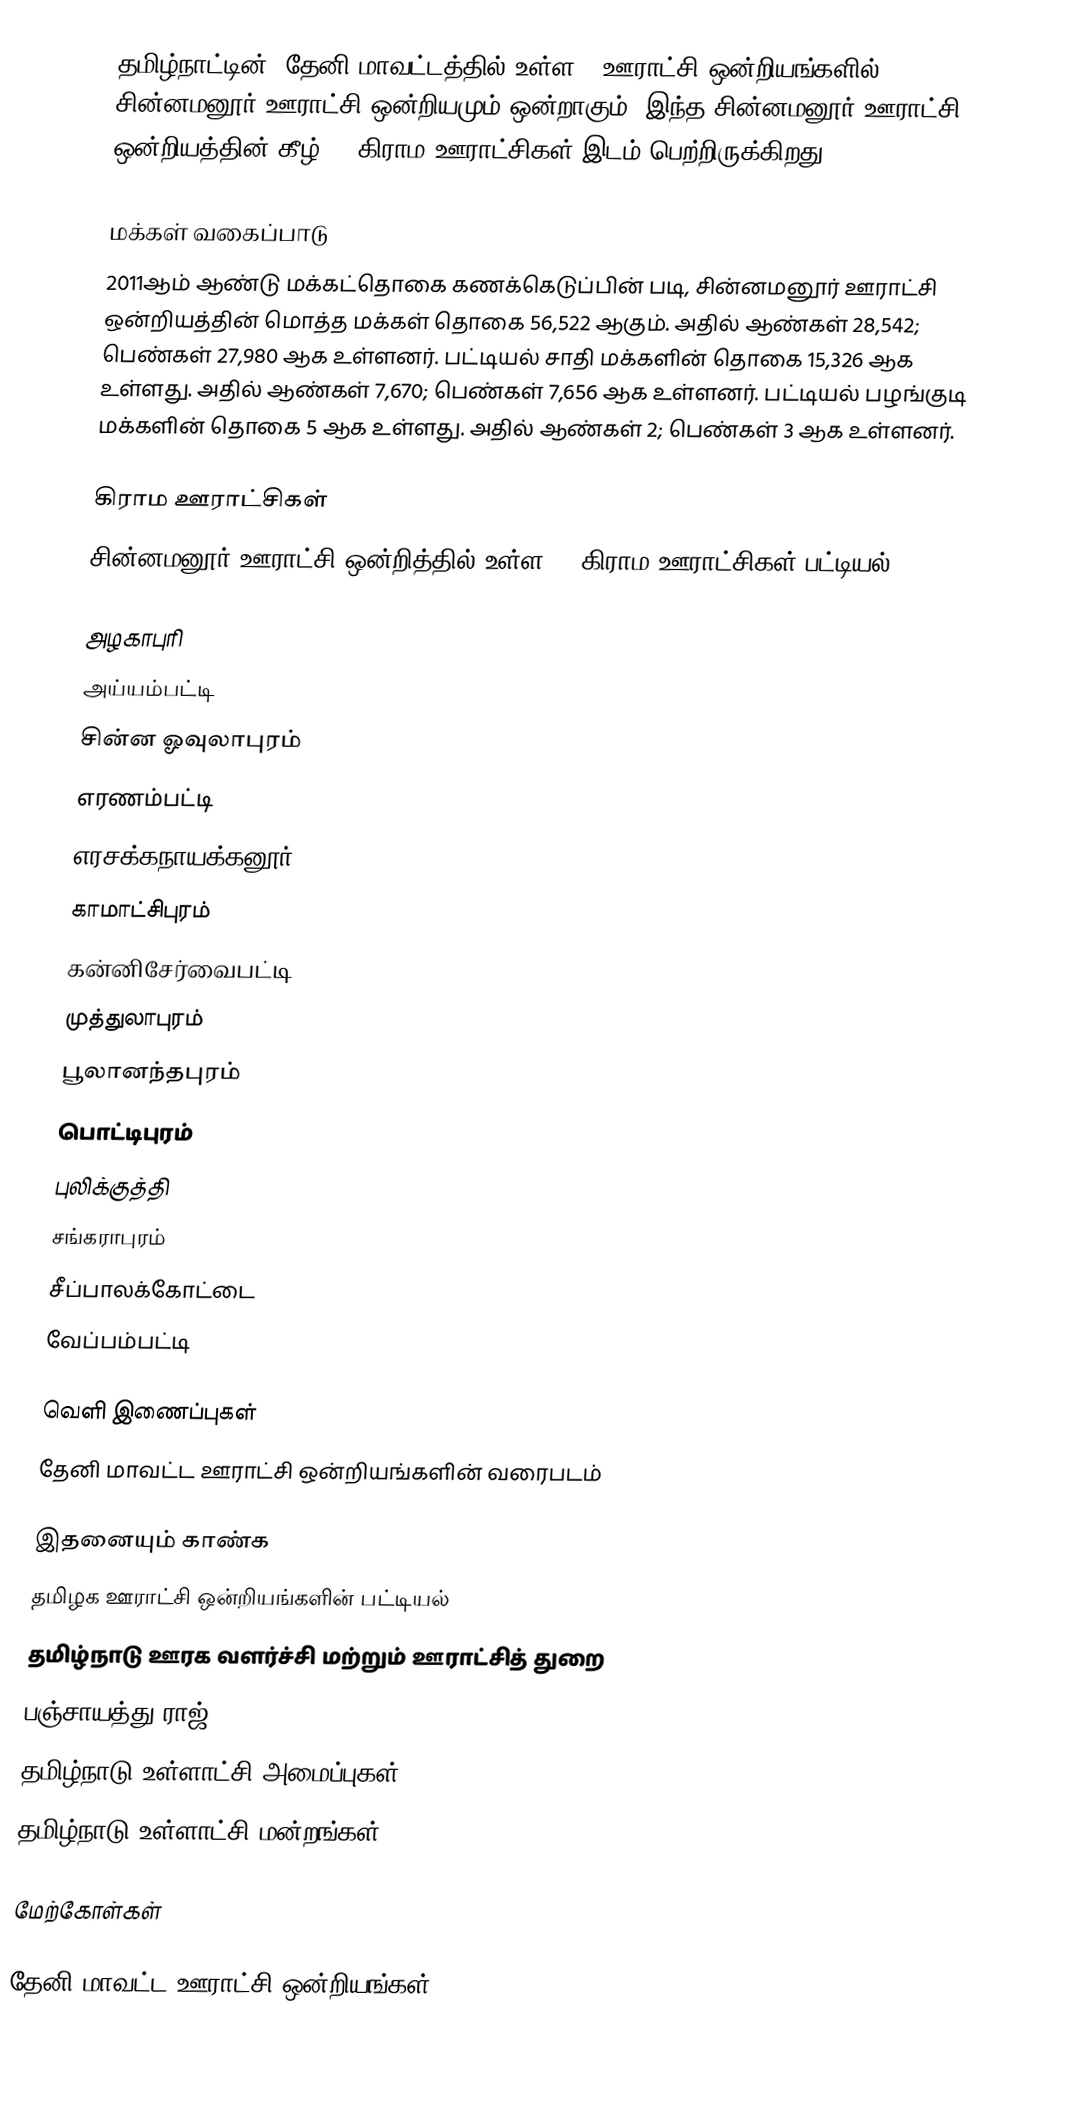
தமிழ்நாட்டின், தேனி மாவட்டத்தில் உள்ள 8 ஊராட்சி ஒன்றியங்களில்  சின்னமனூர் ஊராட்சி ஒன்றியமும் ஒன்றாகும். இந்த சின்னமனூர் ஊராட்சி ஒன்றியத்தின் கீழ் 14 கிராம ஊராட்சிகள் இடம் பெற்றிருக்கிறது.

மக்கள் வகைப்பாடு
2011ஆம் ஆண்டு மக்கட்தொகை கணக்கெடுப்பின் படி, சின்னமனூர் ஊராட்சி ஒன்றியத்தின் மொத்த மக்கள் தொகை 56,522 ஆகும். அதில் ஆண்கள் 28,542; பெண்கள் 27,980 ஆக உள்ளனர். பட்டியல் சாதி மக்களின் தொகை 15,326 ஆக உள்ளது. அதில் ஆண்கள் 7,670; பெண்கள் 7,656 ஆக உள்ளனர். பட்டியல் பழங்குடி மக்களின் தொகை 5 ஆக உள்ளது. அதில் ஆண்கள் 2; பெண்கள் 3 ஆக உள்ளனர்.

கிராம ஊராட்சிகள்
சின்னமனூர் ஊராட்சி ஒன்றித்தில் உள்ள 14 கிராம ஊராட்சிகள் பட்டியல்:

 அழகாபுரி
 அய்யம்பட்டி
 சின்ன ஓவுலாபுரம்
 எரணம்பட்டி
 எரசக்கநாயக்கனூர்
 காமாட்சிபுரம்
 கன்னிசேர்வைபட்டி
 முத்துலாபுரம்
 பூலானந்தபுரம்
 பொட்டிபுரம்
 புலிக்குத்தி
 சங்கராபுரம்
 சீப்பாலக்கோட்டை
 வேப்பம்பட்டி

வெளி இணைப்புகள்
  தேனி மாவட்ட ஊராட்சி ஒன்றியங்களின் வரைபடம்

இதனையும் காண்க
 தமிழக ஊராட்சி ஒன்றியங்களின் பட்டியல்
 தமிழ்நாடு ஊரக வளர்ச்சி மற்றும் ஊராட்சித் துறை
 பஞ்சாயத்து ராஜ்
 தமிழ்நாடு உள்ளாட்சி அமைப்புகள்
 தமிழ்நாடு உள்ளாட்சி மன்றங்கள்

மேற்கோள்கள்

தேனி மாவட்ட ஊராட்சி ஒன்றியங்கள்